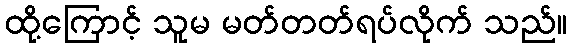
ထို့ကြောင့် သူမ မတ်တတ်ရပ်လိုက် သည်။